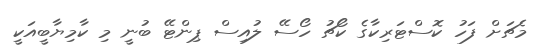
މެޗަށް ފަހު ކޮސްޓަރިކާގެ ކޯޗު ހޯސޭ ލުއިސް ޕިންޓޭ ބުނީ މި ކާމިޔާބީއަކީ